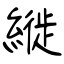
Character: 縰